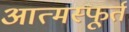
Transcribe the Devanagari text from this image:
आत्मस्फूर्त